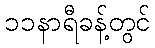
၁၁နာရီခန့်တွင်